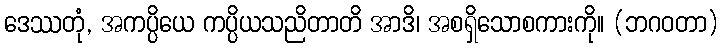
ဒေဿတုံ, အကပ္ပိယေ ကပ္ပိယသညိတာတိ အာဒိ၊ အစရှိသောစကားကို။ (ဘဂဝတာ)